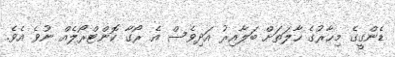
ޑެންގީގެ މިހާރުގެ ހާލަތަށް ބަލާއިރު އަދިވެސް އެ ރޯގާ ކޮންޓްރޯލެއް ނުވެ އެވެ.